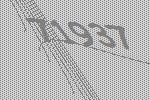
71937